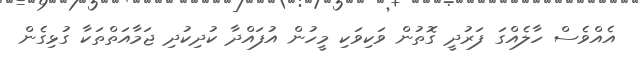
އެއްވެސް ހާލެއްގަ ފަރުދީ ގޮތުން ވަކިވަކި މީހުން އުފައްދާ ކުދިކުދި ޖަމާއަތްތަކާ ގުޅިގެން